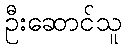
ဦးဆောင်သူ